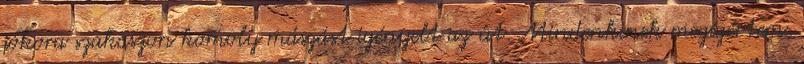
jókora szakaszon komoly mászást igényelt az út. Mindenkinek megígértem,